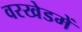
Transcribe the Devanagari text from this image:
वरखेडमें